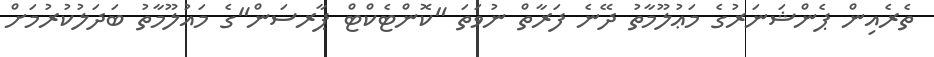
ތެރެއިން ޕެންޝަނަރުގެ މަޢުލޫމާތު ދޭނެ ފަރާތް ނުވަތަ "ކޮންޓެކްޓް ޕާރސަން"ގެ މައުލޫމާތު ބަދަލުކުރުމަށް